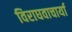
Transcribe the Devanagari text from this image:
विराघवाचार्या